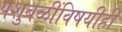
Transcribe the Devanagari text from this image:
पशुबळींविषयीही